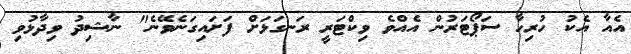
އެއާ އެކު ހުރިހާ ސަޕޯޓަރުން އެއްވެ ވިކްޓަރީ ރަނގަޅަށް ފަށައިގަނެވޭނެ" ނާޝިދު ވިދާޅުވި